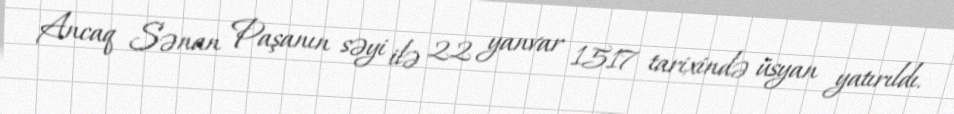
Ancaq Sənan Paşanın səyi ilə 22 yanvar 1517 tarixində üsyan yatırıldı.